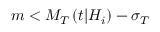
m < M _ { T } \left( t \vert { \cal H } _ { i } \right) - \sigma _ { T }